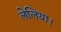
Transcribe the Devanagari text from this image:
लेलिया।